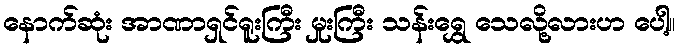
နောက်ဆုံး အာဏာရှင်ရူးကြီး မှုးကြီး သန်းရွှေ သေလို့လားဟ ပေါ့။